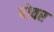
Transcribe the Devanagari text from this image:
पोवर